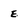
Character: E